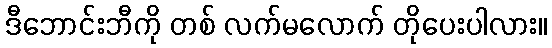
ဒီဘောင်းဘီကို တစ် လက်မလောက် တိုပေးပါလား။